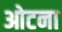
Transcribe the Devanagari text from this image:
ओटना